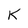
Character: K